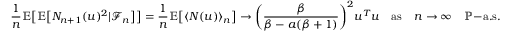
\frac { 1 } { n } \mathbb { E } \big [ \mathbb { E } \big [ N _ { n + 1 } ( u ) ^ { 2 } | \mathcal { F } _ { n } \big ] \big ] = \frac { 1 } { n } \mathbb { E } \big [ \langle N ( u ) \rangle _ { n } \big ] \to \bigg ( \frac { \beta } { \beta - a ( \beta + 1 ) } \bigg ) ^ { 2 } u ^ { T } u \quad \mathrm { a s } \quad n \to \infty \quad \mathbb { P } \mathrm { - a . s . }